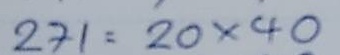
271 = 20 x 40